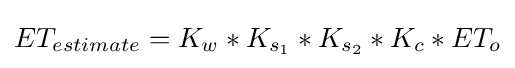
ET_{estimate}=K_{w}*K_{s_{1}}*K_{s_{2}}*K_{c}*ET_{o}